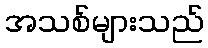
အသစ်များသည်